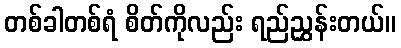
တစ်ခါတစ်ရံ စိတ်ကိုလည်း ရည်ညွှန်းတယ်။